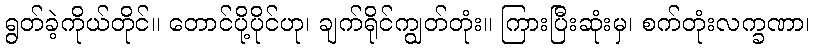
ရွတ်ခဲ့ကိုယ်တိုင်။ တောင်ပို့ပိုင်ဟု၊ ချက်ရိုင်ကျွတ်တုံး။ ကြားပြီးဆုံးမှ၊ စက်တုံးလက္ခဏာ၊